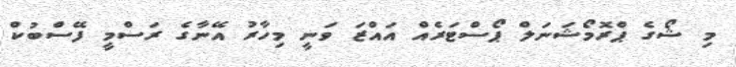
މި ޝޯގެ ޕްރޮމޯޝަނަލް ޕޯސްޓަރެއް އައްޒަ ވަނީ މިހާރު އޭނާގެ ރަސްމީ ފޭސްބުކް